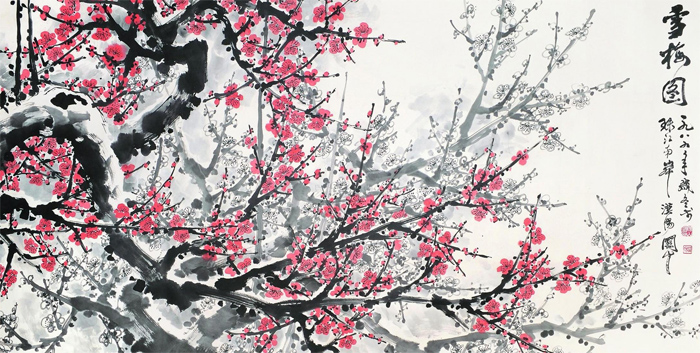
但怪得当年梦缘能短。